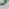
Text: D13